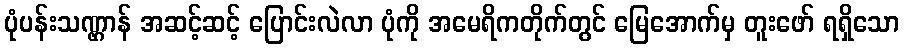
ပုံပန်းသဏ္ဌာန် အဆင့်ဆင့် ပြောင်းလဲလာ ပုံကို အမေရိကတိုက်တွင် မြေအောက်မှ တူးဖော် ရရှိသော